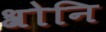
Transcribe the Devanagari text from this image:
श्रोनि